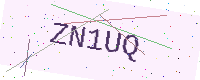
Text: ZN1UQ